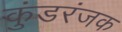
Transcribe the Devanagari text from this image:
कुंडरंजक